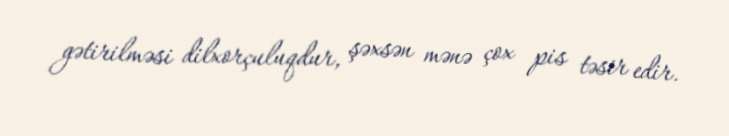
gətirilməsi dilxorçuluqdur, şəxsən mənə çox pis təsir edir.